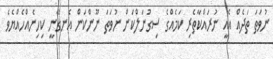
ނުވަތަ ތަދެއް އެއީ ނުރައްކާތެރި ކަމެއްގެ ސިގުނަލްކަން ނުވަތަ ނޫންކަން އެނގޭނީ ކިހިނެއްހެއްޔެވެ